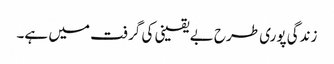
زندگی پوری طرح بے یقینی کی گرفت میں ہے۔